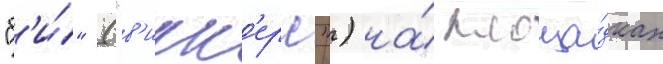
"б'и́" ("в'икк'ерс") на́ площа́дках